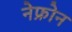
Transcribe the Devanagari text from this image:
नेफ्रोन